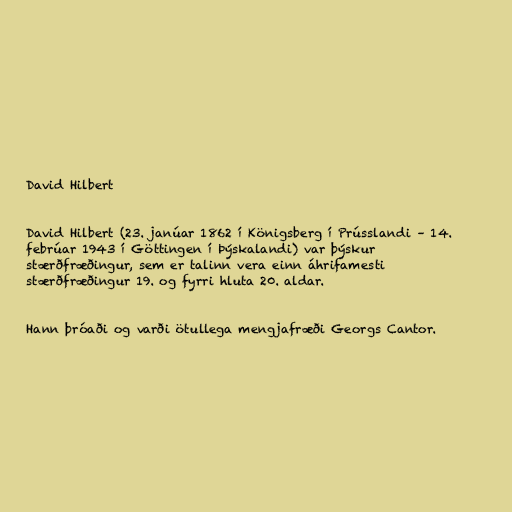
David Hilbert

David Hilbert (23. janúar 1862 í Königsberg í Prússlandi – 14.
febrúar 1943 í Göttingen í Þýskalandi) var þýskur
stærðfræðingur, sem er talinn vera einn áhrifamesti
stærðfræðingur 19. og fyrri hluta 20. aldar.

Hann þróaði og varði ötullega mengjafræði Georgs Cantor.